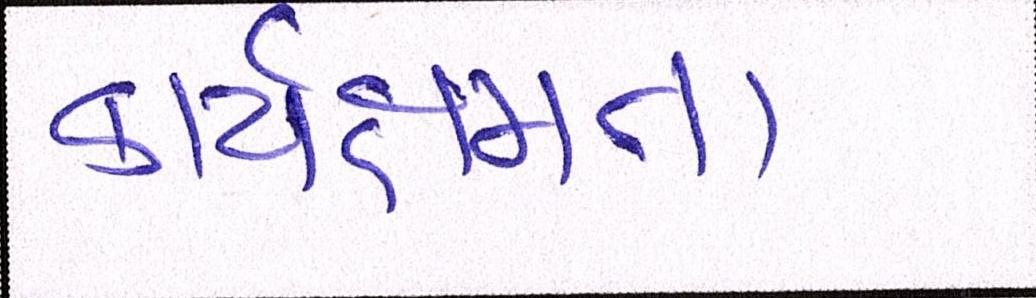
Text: કાર્યક્ષમતા